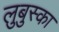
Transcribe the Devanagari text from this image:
लुबुस्का